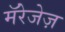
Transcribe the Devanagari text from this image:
मॅरेजेज़